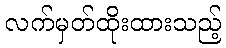
လက်မှတ်ထိုးထားသည့်